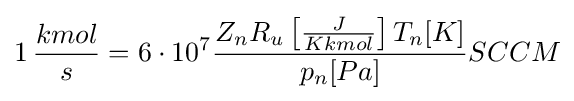
1\,{\frac {kmol}{s}}=6\cdot 10^{7}{\frac {Z_{n}R_{u}\left[{\frac {J}{Kkmol}}\right]T_{n}[K]}{p_{n}[Pa]}}SCCM